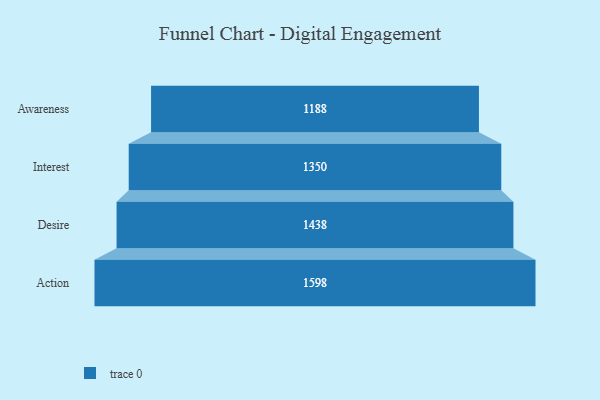
{"axis": {"x": "Stage", "y": "Value"}, "legend": [""], "data": [{"x": "Awareness", "y": 1188.0, "type": ""}, {"x": "Interest", "y": 1350.0, "type": ""}, {"x": "Desire", "y": 1438.0, "type": ""}, {"x": "Action", "y": 1598.0, "type": ""}]}